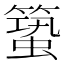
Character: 𥳎